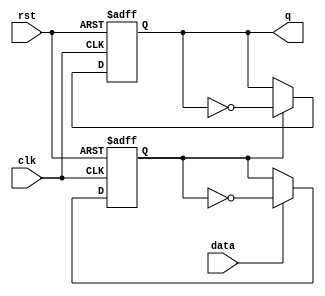
// ======================================================================
// Affiliation:			Tsinghua Univ
// Module Name:			Tff_2
// Description:			two TFF with async reset
// Additional Comments:	VL2 on nowcoder
// ======================================================================

`timescale 1ns/1ns

module Tff_2 (
	input	wire				rst,
	input	wire				clk,
	input	wire				data,
	output	wire				q
);

reg					q_reg;

reg					data_sync;

assign	q  =  q_reg;

always @(posedge clk or negedge rst) begin
	if (~rst) begin
		data_sync	<= 1'b0;
		q_reg		<= 1'b0;
	end
	else begin
		if (data == 1'b1) begin
			data_sync	<= ~data_sync;
		end
		if (data_sync == 1'b1) begin
			q_reg		<= ~q_reg;
		end
	end
end

endmodule